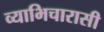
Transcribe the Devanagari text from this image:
व्याभिचारासी